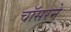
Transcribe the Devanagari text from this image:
चॉसरने